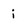
Character: i